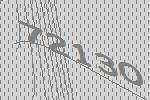
72130